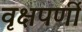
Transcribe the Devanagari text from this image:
वृक्षपर्णी